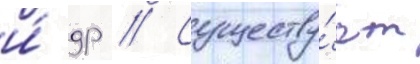
и́ др // Существу́ет